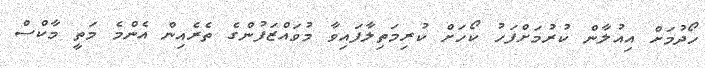
ހޯދުމަށް އިއުލާން ކުރުމަށްފަހު ކޯހަށް ކުރިމަތިލާފައިވާ މުވައްޒަފުންގެ ތެރެއިން އެންމެ މަތީ މާކްސް